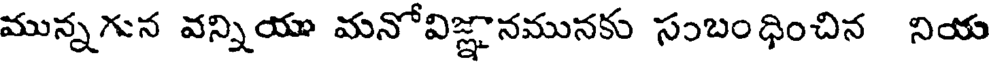
మున్నగున వన్నియు మనోవిజ్ఞానమునకు సంబంధించిన నియ